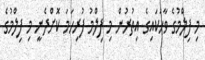
މި ފިލްމުގެ ވާހަކައިގެ އިތުރުން މި ފިލްމު ފުރިހަމަ ކޮށްދެނީ މި ފިލްމުގެ